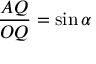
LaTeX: { \frac { A Q } { O Q } } = \sin \alpha